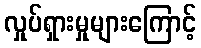
လှုပ်ရှားမှုများကြောင့်